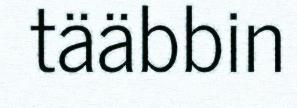
tääbbin